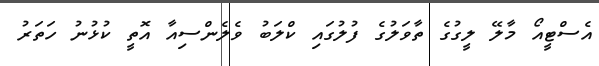
އެސްޓީއޯ މާލޭ ލީގުގެ ތާވަލުގެ ފުލުގައި ކްލަބު ވެލެންސިއާ އޮތީ ކުޅުނު ހަތަރު